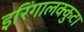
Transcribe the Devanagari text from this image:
इरिंगालक्कुटा